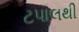
ટપાલથી